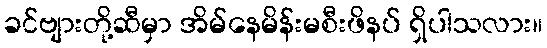
ခင်ဗျားတို့ဆီမှာ အိမ်နေမိန်းမစီးဖိနပ် ရှိပါသလား။